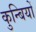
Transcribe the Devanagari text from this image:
कुन्बियों